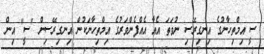
ސީ އިމްތިހާނުގެ އިނގިރޭސި ނުވަތަ އެއާ އެއްފެންވަރުގެ އިމްތިހާނަކުން އިނގިރޭސިން "ސީ" އިން